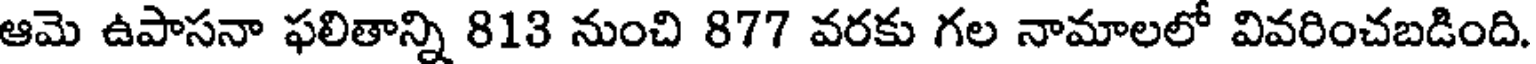
ఆమె ఉపాసనా ఫలితాన్ని 813 నుంచి 877 వరకు గల నామాలలో వివరించబడింది